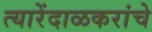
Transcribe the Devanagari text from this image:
त्यारेंदाळकरांचे